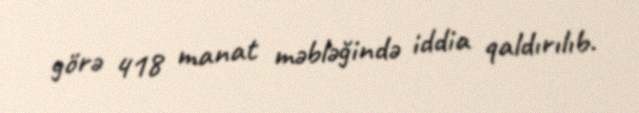
görə 418 manat məbləğində iddia qaldırılıb.